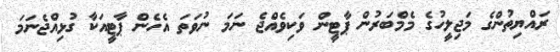
ރައްޔިތުންގެ މަޖިލީހުގެ މެމްބަރުން ޕާޓީން ވަކިވެއްޖެ ނަމަ ނުވަތަ އެހެން ޕާޓީއަކާ ގުޅިއްޖެނަމަ